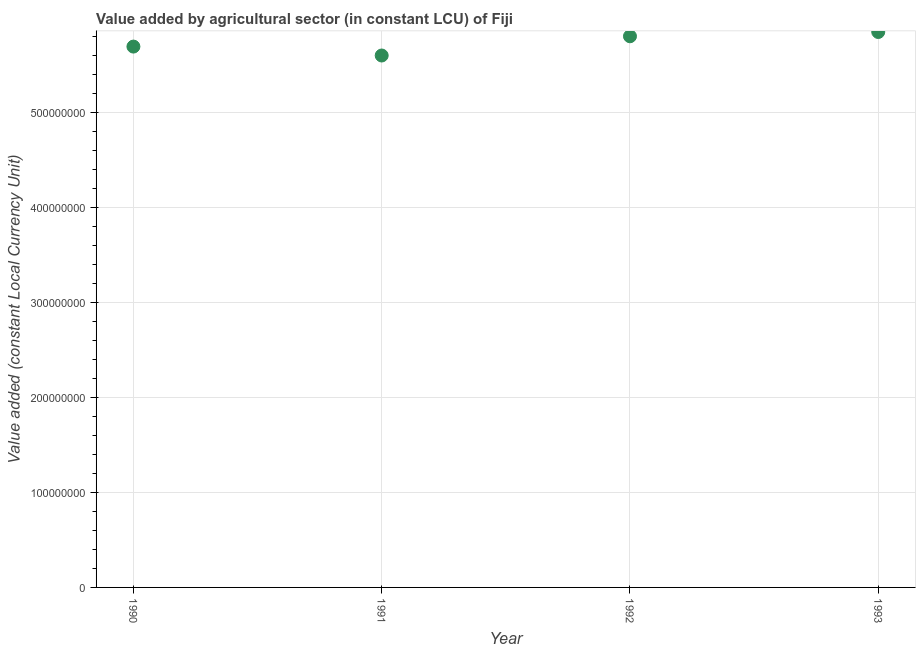
| Year | Agriculture |
 | --- | --- |
 | 1990 | 5.69e+08 |
 | 1991 | 5.6e+08 |
 | 1992 | 5.8e+08 |
 | 1993 | 5.85e+08 |